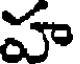
హ